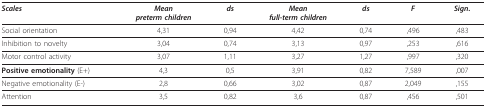
| Scales | Meanpreterm children | ds | Meanfull-term children | ds | F | Sign. |
 | --- | --- | --- | --- | --- | --- | --- |
 | Social orientation | 4,31 | 0,94 | 4,42 | 0,74 | ,496 | ,483 |
 | Inhibition to novelty | 3,04 | 0,74 | 3,13 | 0,97 | ,253 | ,616 |
 | Motor control activity | 3,07 | 1,11 | 3,27 | 1,27 | ,997 | ,320 |
 | Positive emotionality (E+) | 4,3 | 0,5 | 3,91 | 0,82 | 7,589 | ,007 |
 | Negative emotionality (E-) | 2,8 | 0,66 | 3,02 | 0,87 | 2,049 | ,155 |
 | Attention | 3,5 | 0,82 | 3,6 | 0,87 | ,456 | ,501 |